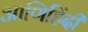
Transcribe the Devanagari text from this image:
आणिहिंदी